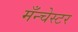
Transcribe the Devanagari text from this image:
मँन्चेस्टर